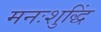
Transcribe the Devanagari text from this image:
मनःशुद्धिं